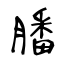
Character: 膰